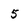
Character: 5